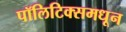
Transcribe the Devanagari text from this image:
पॉलिटिक्समधून